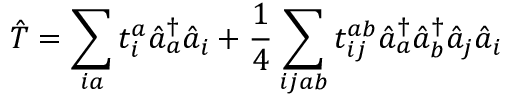
\hat { T } = \sum _ { i a } t _ { i } ^ { a } \hat { a } _ { a } ^ { \dagger } \hat { a } _ { i } + \frac { 1 } { 4 } \sum _ { i j a b } t _ { i j } ^ { a b } \hat { a } _ { a } ^ { \dagger } \hat { a } _ { b } ^ { \dagger } \hat { a } _ { j } \hat { a } _ { i }